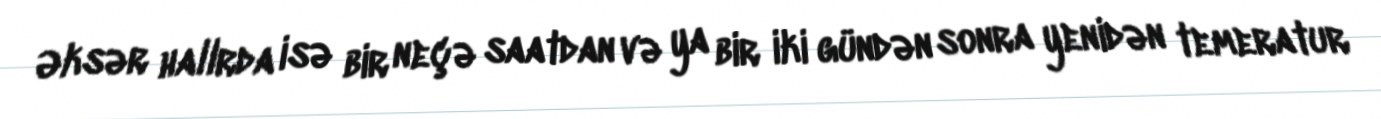
Əksər hallrda isə bir neçə saatdan və ya bir iki gündən sonra yenidən temeratur